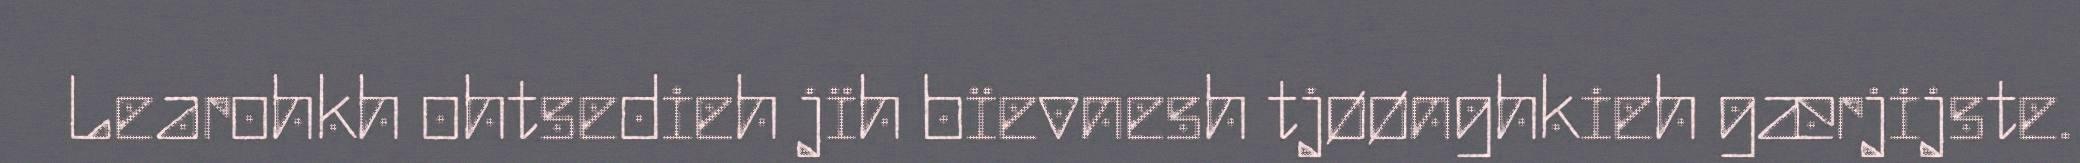
Learohkh ohtsedieh jïh bïevnesh tjøønghkieh gærjijste.